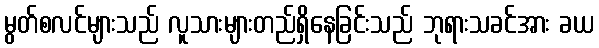
မွတ်စလင်များသည် လူသားများတည်ရှိနေခြင်းသည် ဘုရားသခင်အား ခယ